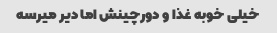
خیلی خوبه غذا و دورچینش اما دیر میرسه